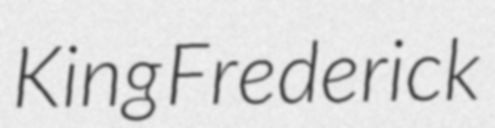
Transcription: King Frederick